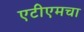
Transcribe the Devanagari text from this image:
एटीएमचा